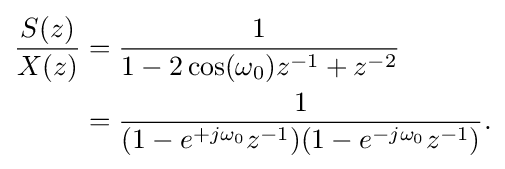
{\begin{aligned}{\frac {S(z)}{X(z)}}&={\frac {1}{1-2\cos(\omega _{0})z^{-1}+z^{-2}}}\\&={\frac {1}{(1-e^{+j\omega _{0}}z^{-1})(1-e^{-j\omega _{0}}z^{-1})}}.\end{aligned}}